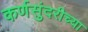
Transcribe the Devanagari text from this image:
कर्णसुंदरीच्या